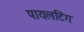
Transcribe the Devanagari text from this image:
पायलटिंग